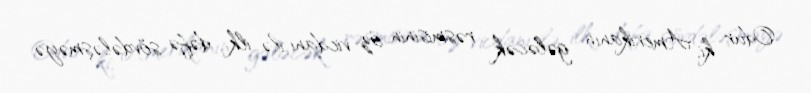
Odur ki, Amerikanın gələcək rəsmisinin öz vicdanı ilə ilk dəfə sövdələşməyə